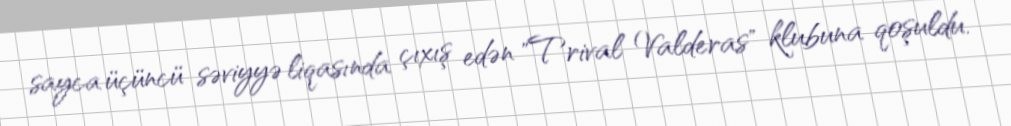
sayca üçüncü səviyyə liqasında çıxış edən "Trival Valderas" klubuna qoşuldu.